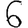
Digit: 6